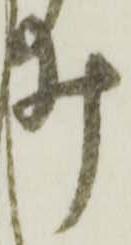
ゐ